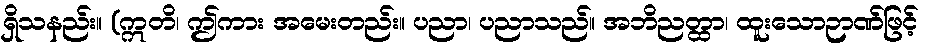
ရှိသနည်း။ (ဣတိ၊ ဤကား အမေးတည်း။ ပညာ၊ ပညာသည်။ အဘိညတ္ထာ၊ ထူးသောဉာဏ်ဖြင့်